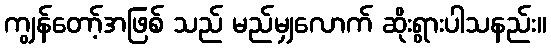
ကျွန်တော့်အဖြစ် သည် မည်မျှလောက် ဆိုးရွားပါသနည်း။